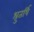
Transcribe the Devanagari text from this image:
श्रुतर्षि